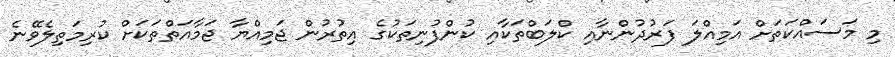
މި މަސައްކަތަށް އަމިއްލަ ފަރުދުންނާއި ކްލަބްތަކާއި ކުންފުނިތަކުގެ އިތުރުން ޖަމިއްޔާ ޖަމާއަތްތަކަށް ކުރިމަތިލެވޭނެ